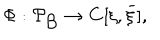
\Phi : \cal { P } _ { \mathrm { B } } \rightarrow \mathbf { C } [ \xi , \bar { \xi } ] ,